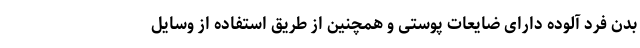
بدن فرد آلوده دارای ضایعات پوستی و همچنین از طریق استفاده از وسایل